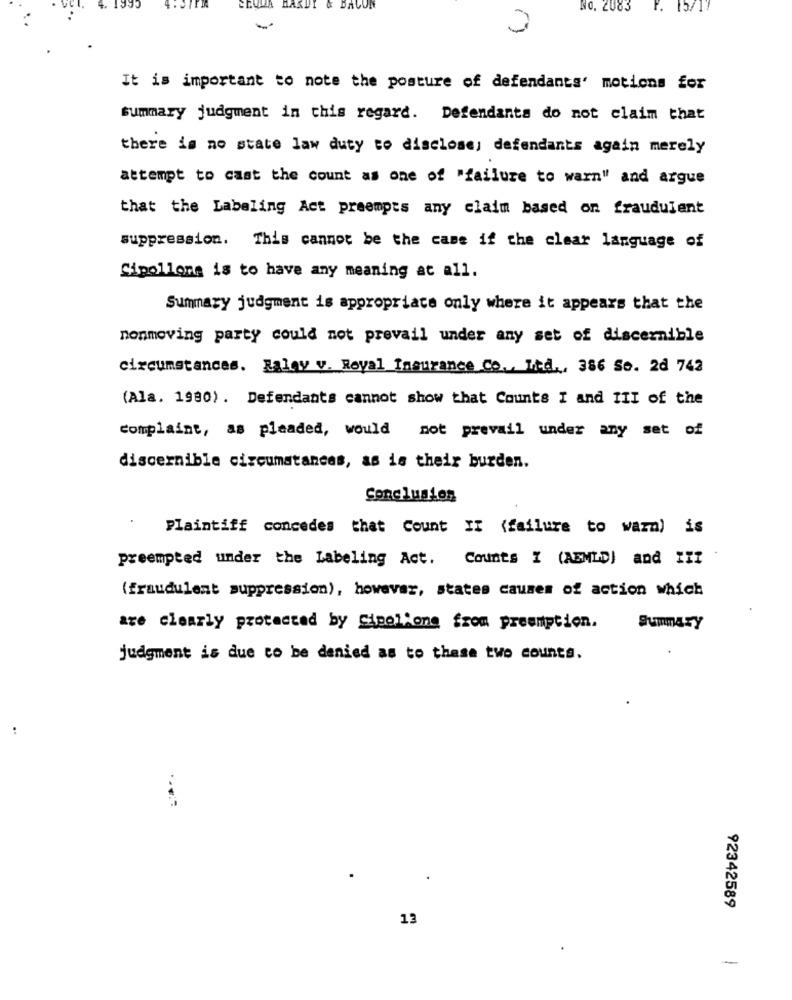
4.
BACON
NO. 2083
r.
15/1
It is important to note the posture of defendants' motions for
summary judgment in this regard. Defendants do not claim that
there is no state law duty to disclose; defendants again merely
attempt to cast the count as one of "failure to warn" and argue
that the Labeling Act preempts any claim based on fraudulent
suppression. This cannot be the came if the clear language of
Cipollone is to have any meaning at all.
Summary judgment is appropriate only where it appears that the
nonmoving party could not prevail under any set of discernible
circumstances. Zalay v. Royal Insurance Co ., Ltd ., 386 So. 2d 742
(Ala. 1980) . Defendants cannot show that Counts I and III of the
complaint, as pleaded, would not prevail under any set of
discernible circumstances, as is their burden.
Conclusion
Plaintiff concedes that Count II (failure to warn) is
preempted under the Labeling Act. Counts I (ABMID] and III
(fraudulent suppression), however, states causes of action which
are clearly protected by Cipollone from preemption.
Summary
judgment is due to be denied as to these two counts.
..
92342589
13
-